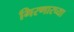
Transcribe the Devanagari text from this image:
गिरणारच्या